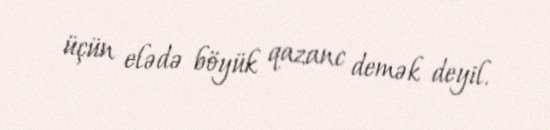
üçün elədə böyük qazanc demək deyil.